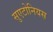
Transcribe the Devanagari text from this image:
सुएटोनियस